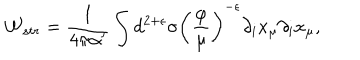
{ \cal W } _ { s t r } = \frac { 1 } { 4 \pi \alpha ^ { \prime } } \int d ^ { 2 + \epsilon } \sigma \left( \frac { \varphi } { \mu } \right) ^ { - \epsilon } \partial _ { i } x _ { \mu } \partial _ { i } x _ { \mu } ,